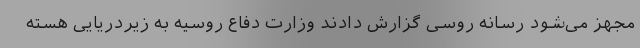
مجهز می‌شود رسانه روسی گزارش دادند وزارت دفاع روسیه به زیردریایی هسته